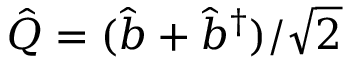
\hat { Q } = { ( \hat { b } + \hat { b } ^ { \dagger } ) } / { \sqrt { 2 } }